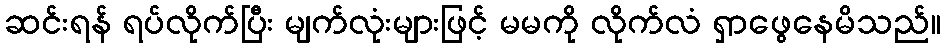
ဆင်းရန် ရပ်လိုက်ပြီး မျက်လုံးများဖြင့် မမကို လိုက်လံ ရှာဖွေနေမိသည်။